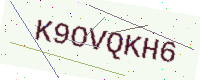
Text: K9OVQKH6